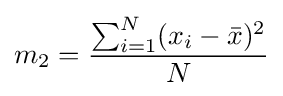
m_{2}={\frac {\sum _{i=1}^{N}(x_{i}-{\bar {x}})^{2}}{N}}